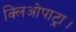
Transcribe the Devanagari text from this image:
क्लिओपाट्रा।